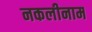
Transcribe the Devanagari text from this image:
नकलीनाम